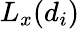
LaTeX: L_{x}(d_{i})